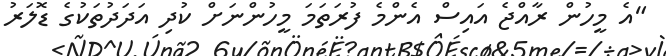
"އެ މީހުން ރާއްޖެ އައިސް އެންމެ ފުރަތަމަ މީހުންނަށް ކުދި އަދަދުތަކުގެ ޑޮލަރު